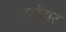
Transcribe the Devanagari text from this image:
त्योंहार